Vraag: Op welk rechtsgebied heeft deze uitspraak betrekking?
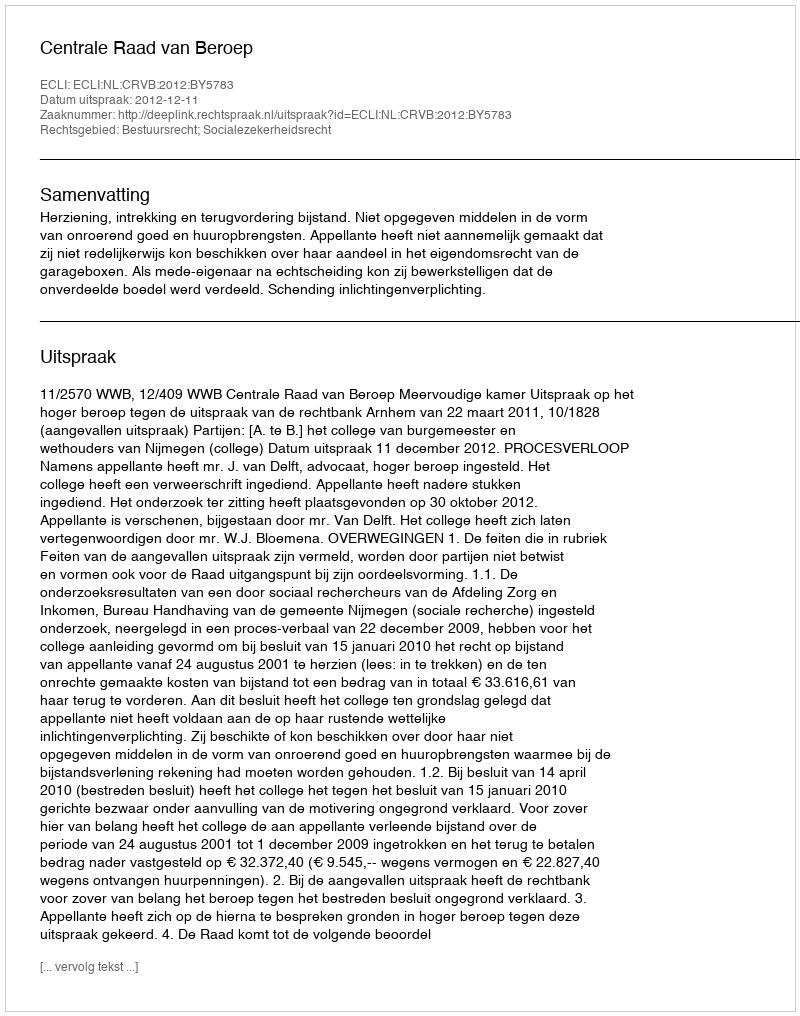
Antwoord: Bestuursrecht; Socialezekerheidsrecht